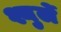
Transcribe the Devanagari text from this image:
श्युर्ले